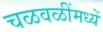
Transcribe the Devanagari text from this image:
चळवळींमध्यें